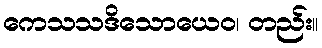
ကေသသဒိသောယေဝ၊ တည်း။